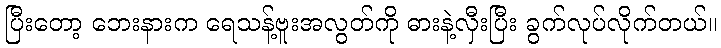
ပြီးတော့ ဘေးနားက ရေသန့်ဗူးအလွတ်ကို ဓားနဲ့လှီးပြီး ခွက်လုပ်လိုက်တယ်။